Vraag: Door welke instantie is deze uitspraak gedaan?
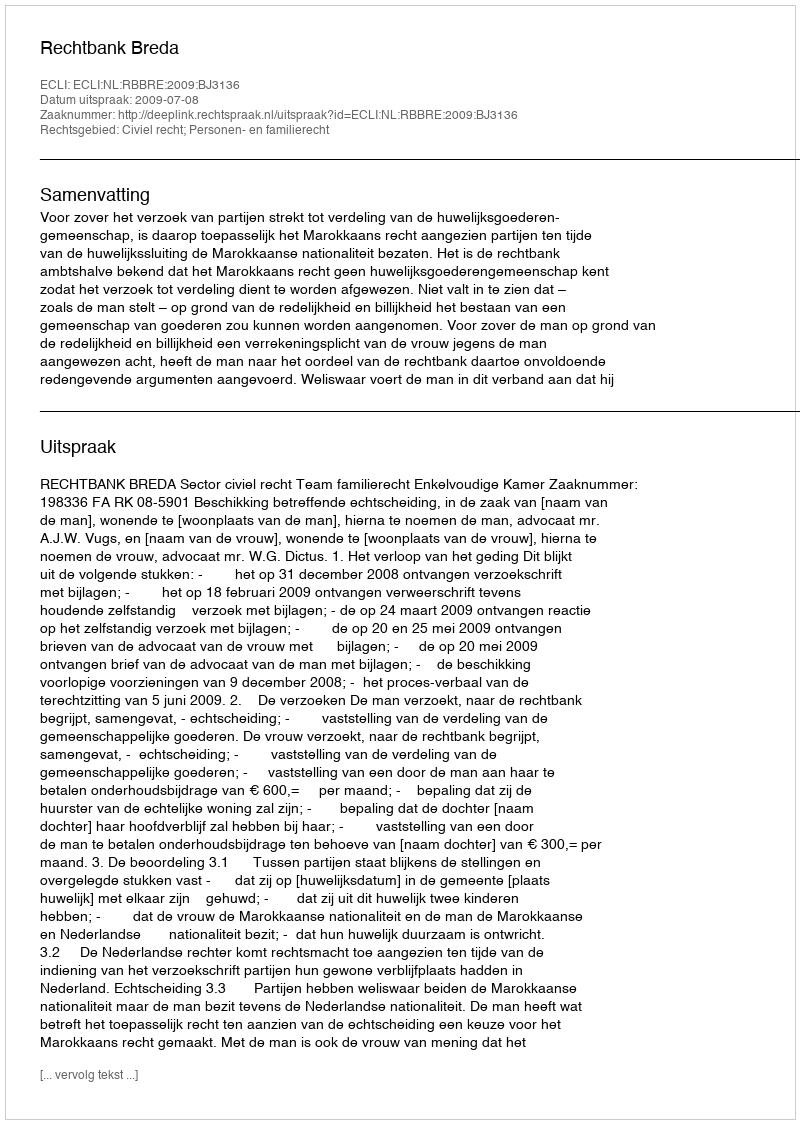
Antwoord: Rechtbank Breda